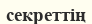
секреттің